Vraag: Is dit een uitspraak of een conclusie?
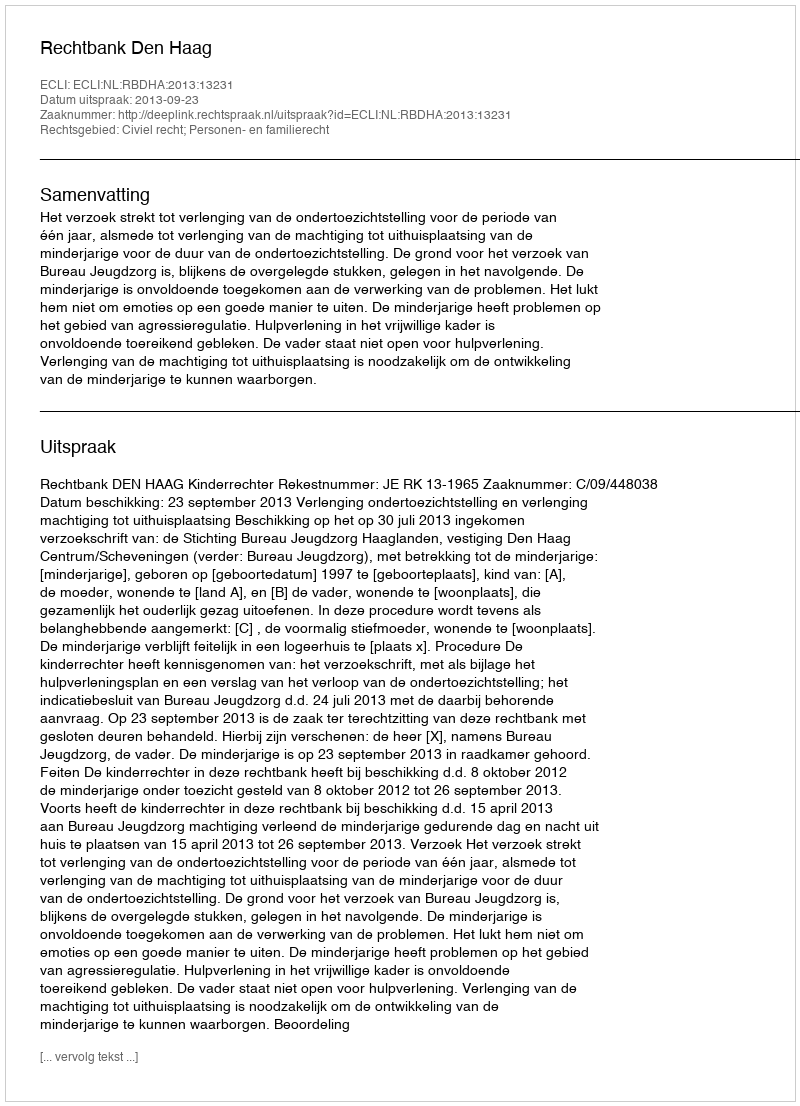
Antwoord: Uitspraak